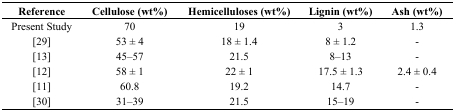
| Reference | Cellulose (wt%) | Hemicelluloses (wt%) | Lignin (wt%) | Ash (wt%) |
 | --- | --- | --- | --- | --- |
 | Present Study | 70 | 19 | 3 | 1.3 |
 | [29] | 53 ± 4 | 18 ± 1.4 | 8 ± 1.2 | - |
 | [13] | 45–57 | 21.5 | 8–13 | - |
 | [12] | 58 ± 1 | 22 ± 1 | 17.5 ± 1.3 | 2.4 ± 0.4 |
 | [11] | 60.8 | 19.2 | 14.7 | - |
 | [30] | 31–39 | 21.5 | 15–19 | - |